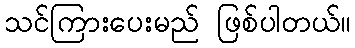
သင်ကြားပေးမည် ဖြစ်ပါတယ်။